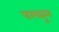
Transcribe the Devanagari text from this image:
परफ्युम